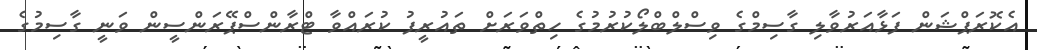
އެކޮރަޕްޝަން ފަޅާއަރުވާލި ގާސިމްގެ ވިސްލްބްލޯކުރުމުގެ ހިތްވަރަށް ތައުރީފު ކުރައްވާ ޓްރާންސްޕޭރަންސީން ވަނީ ގާސިމުގެ